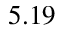
5 . 1 9